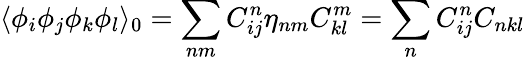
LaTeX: \langle\phi_{i}\phi_{j}\phi_{k}\phi_{l}\rangle_{0}=\sum_{nm}C_{ij}^{n}\eta_{nm}C_{kl}^{m}=\sum_{n}C_{ij}^{n}C_{nkl}